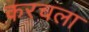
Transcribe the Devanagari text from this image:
करचला